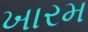
ખારમ